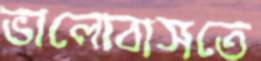
ভালোবাসতে